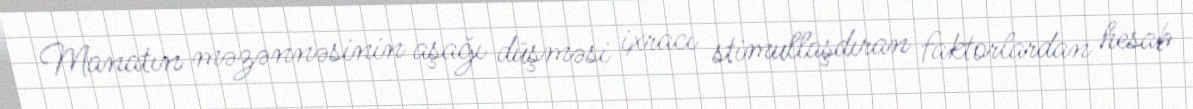
Manatın məzənnəsinin aşağı düşməsi ixracı stimullaşdıran faktorlardan hesab